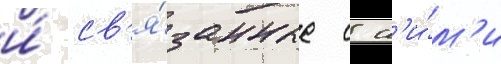
и́ св'я́занные с н'и́м'и